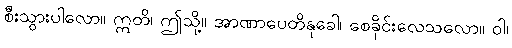
စီးသွားပါလော။ ဣတိ၊ ဤသို့။ အာဏာပေတိနုခေါ၊ စေခိုင်းလေသလော။ ဝါ၊